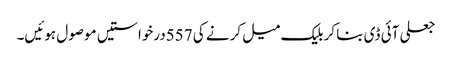
جعلی آئی ڈی بنا کر بلیک میل کرنے کی 557درخواستیں موصول ہوئیں۔